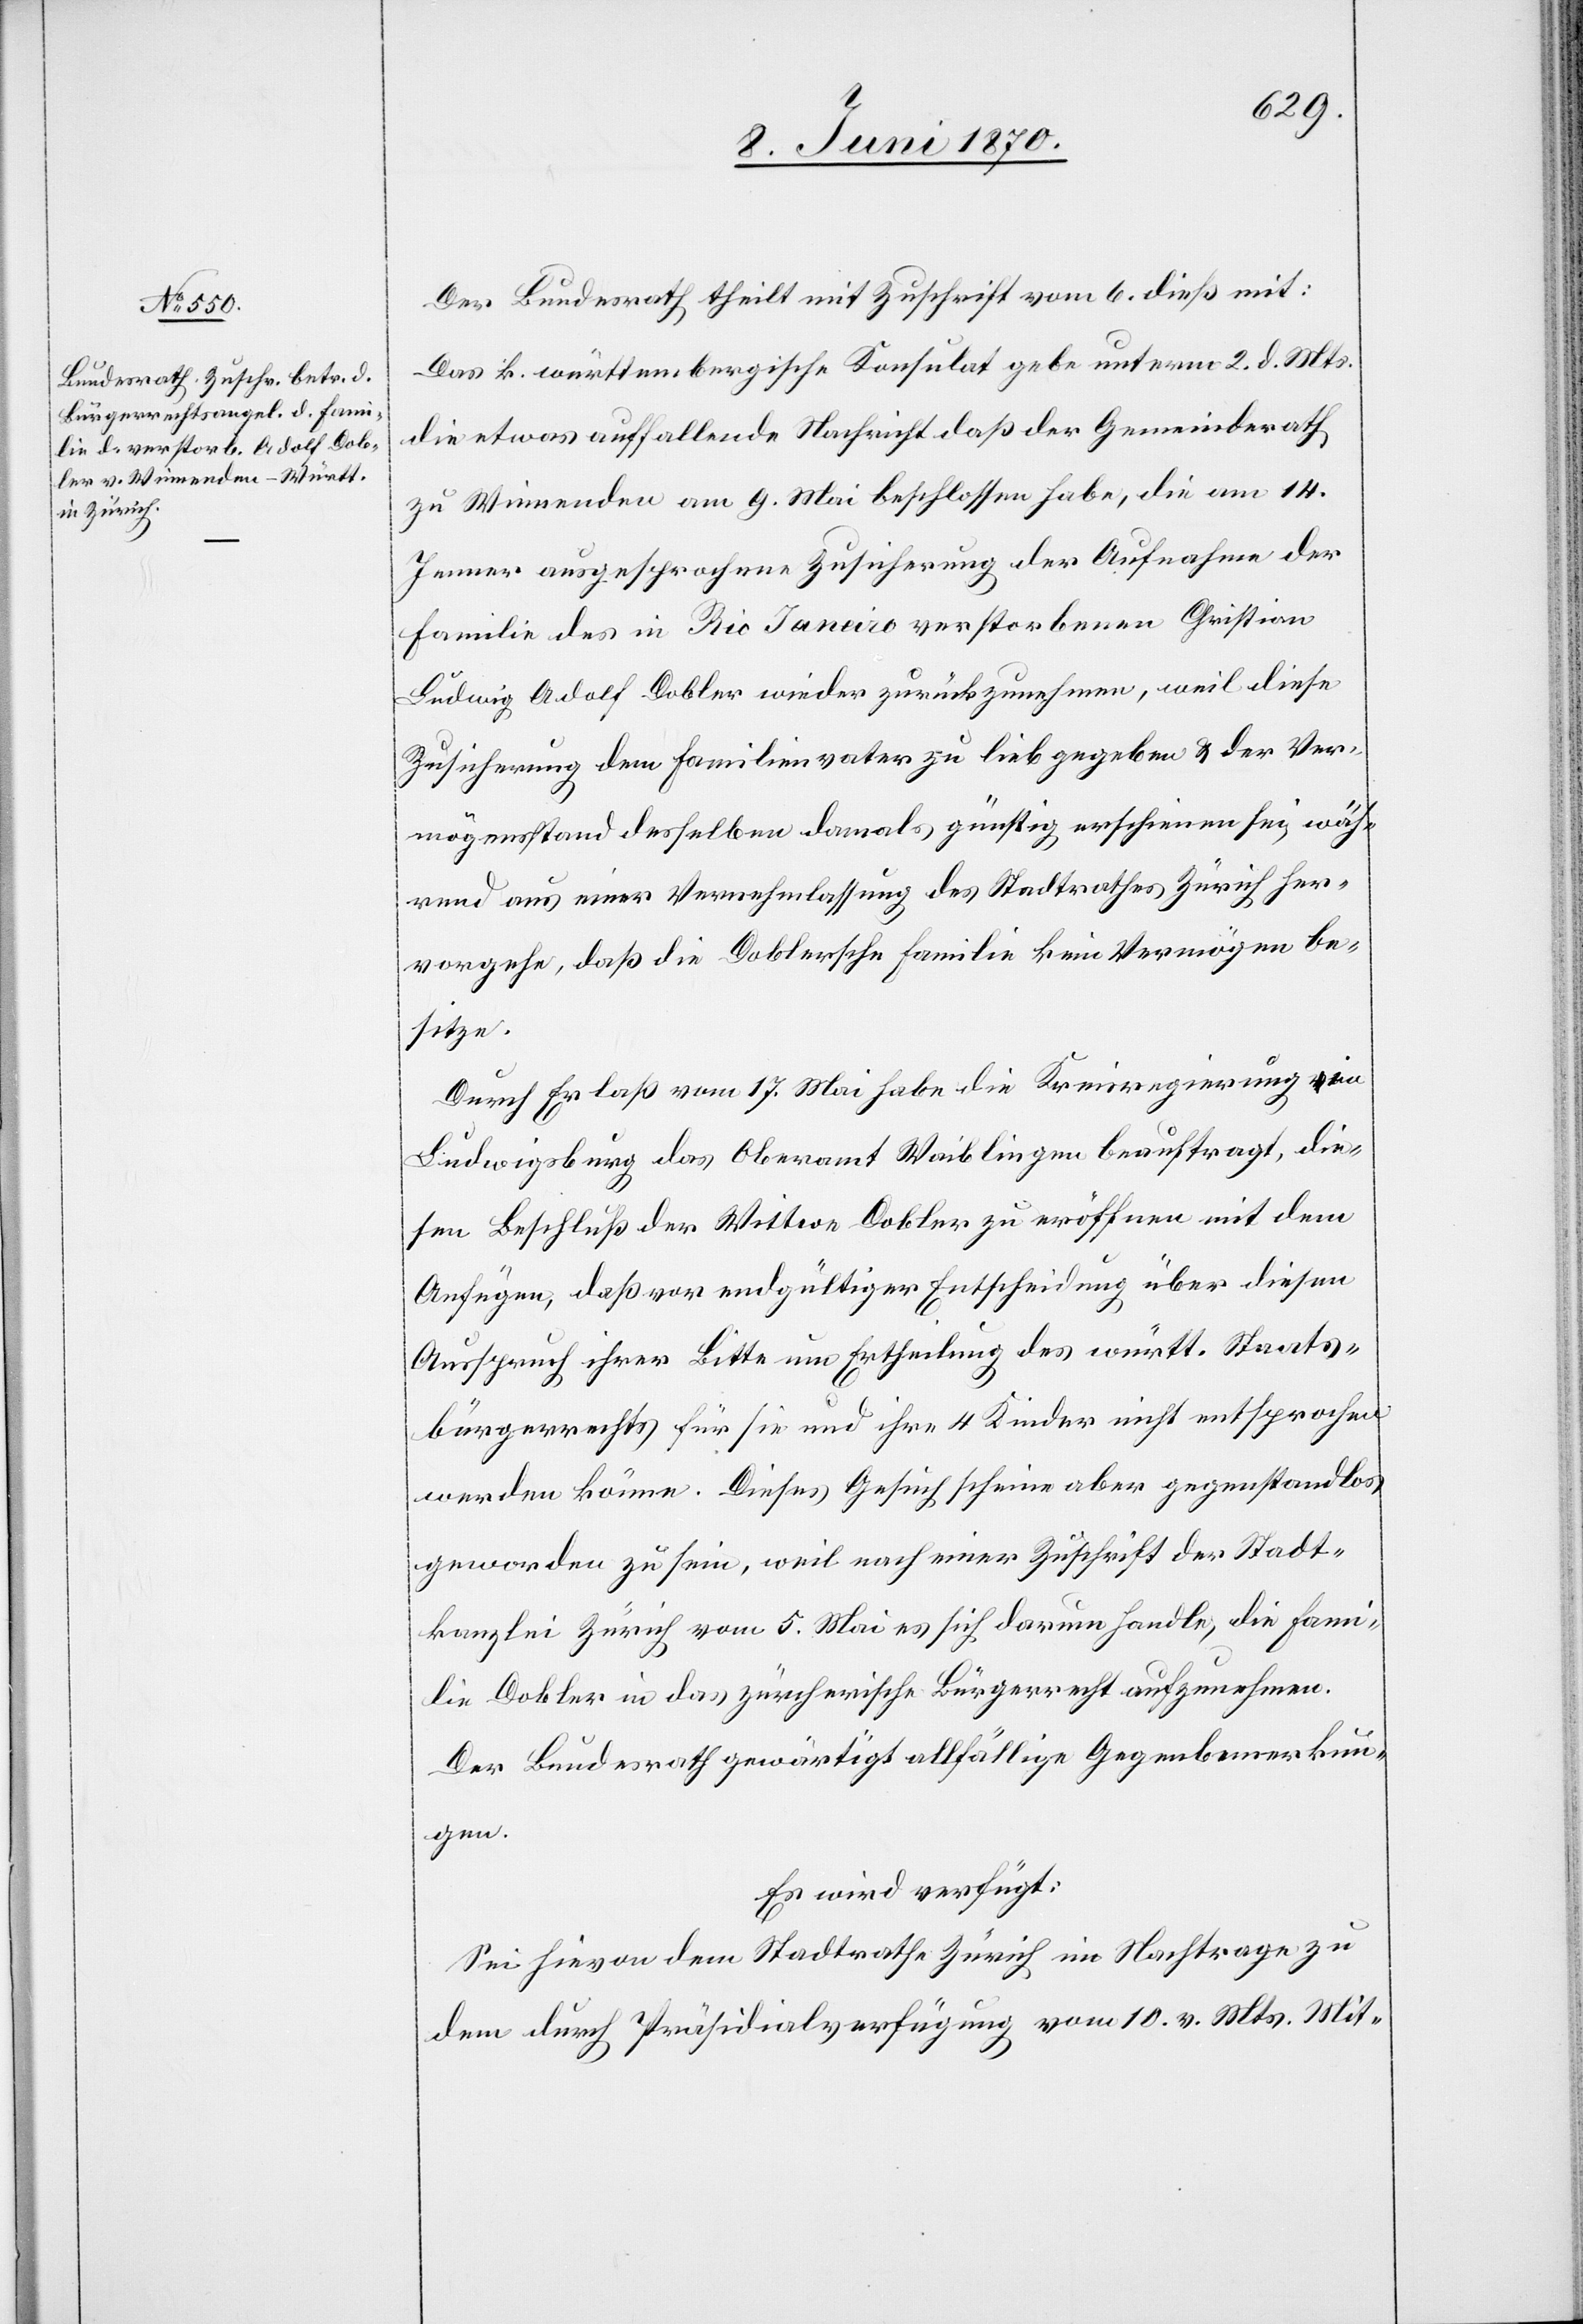
Der Bundesrath theilt mit Zuschrift vom 6. dieß mit:
Das k. württembergische Konsulat gebe unterm 2. d. Mts.
die etwas auffallende Nachricht[,] daß der Gemeindrath
zu Winnenden am 9. Mai beschlossen habe, die am 14.
Jenner ausgesprochene Zusicherung der Aufnahme der
Familie des in Rio Janeiro verstorbenen Christian
Ludwig Adolf Dobler wieder zurück zunehmen, weil diese
Zusicherung dem Familienvater zu lieb gegeben & der Ver¬
mögensstand desselben damals günstig erschienen sei, wäh¬
rend aus einer Vernehmlassung des Stadtrathes Zürich her¬
vorgehe, daß die Doblersche Familie kein Vermögen be¬
sitze.
Durch Erlaß vom 17. Mai habe die Kreisregierung von
Ludwigsburg das Oberamt Waiblingen beauftragt, die¬
sen Beschluß der Wittwe Dobler zu eröffnen mit dem
Anfügen, daß vor endgütiger Entscheidung über diesem
Ausspruch ihrer Bitte um Ertheilung des württ. Staats¬
bürgerrechts für sie und ihre 4 Kinder nicht entsprochen
werden könne. Dieses Gesuch scheine aber gegenstandlos
geworden zu sein, weil nach einer Zuschrift der Stadt¬
kanzlei Zürich vom 5. Mai es sich darum handle, die Fami¬
lie Dobler in das zürcherische Bürgerrecht aufzunehmen.
Der Bundesrath gewärtigt allfällige Gegenbemerkun¬
gen.
Es wird verfügt:
Sei hievon dem Stadtrathe Zürich im Nachtrage zu
dem durch Präsidialverfügung vom 10. v. Mts. Mit-